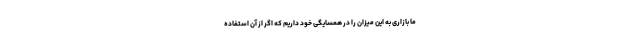
ما بازاری به این میزان را در همسایگی خود داریم که اگر از آن استفاده